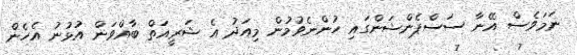
ނަމަވެސް އޭނާ ސަސްޕެންޝަންގައި ހުންނެވުމުން މިއަދު އެ ޝަރީއަތް ބާއްވަން އުޅުނު އެހެން